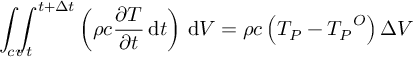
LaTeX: \int _ { c v } \! \! \! \int _ { t } ^ { t + \Delta t } \left( \rho c { \frac { \partial T } { \partial t } } \, \mathrm { d } t \right) \, \mathrm { d } V = \rho c \left( T _ { P } - { T _ { P } } ^ { O } \right) \Delta V